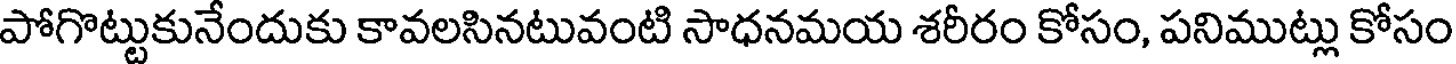
పోగొట్టుకునేందుకు కావలసినటువంటి సాధనమయ శరీరం కోసం, పనిముట్లు కోసం